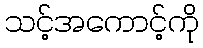
သင့်အကောင့်ကို